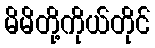
မိမိတို့ကိုယ်တိုင်